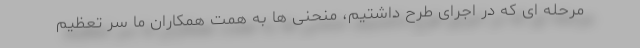
مرحله ای که در اجرای طرح داشتیم، منحنی ها به همت همکاران ما سر تعظیم